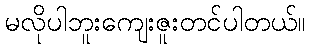
မလိုပါဘူးကျေးဇူးတင်ပါတယ်။